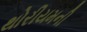
થોરીયમની